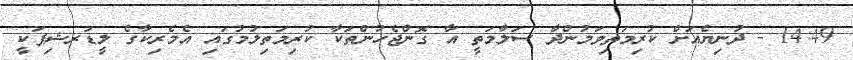
14:49 - ދުނިޔެއަށް ކުރިމަތިވަމުންދާ ސަލާމަތީ އާ ގޮންޖެހުންތަކާ ކުރިމަތިލުމުގައި އެމެރިކާގެ ލީޑަރޝިޕަކީ